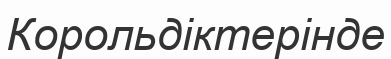
Корольдіктерінде